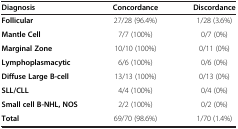
| Diagnosis | Concordance | Discordance |
 | --- | --- | --- |
 | Follicular | 27/28 (96.4%) | 1/28 (3.6%) |
 | Mantle Cell | 7/7 (100%) | 0/7 (0%) |
 | Marginal Zone | 10/10 (100%) | 0/11 (0%) |
 | Lymphoplasmacytic | 6/6 (100%) | 0/6 (0%) |
 | Diffuse Large B-cell | 13/13 (100%) | 0/13 (0%) |
 | SLL/CLL | 4/4 (100%) | 0/4 (0%) |
 | Small cell B-NHL, NOS | 2/2 (100%) | 0/2 (0%) |
 | Total | 69/70 (98.6%) | 1/70 (1.4%) |